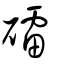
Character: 礌